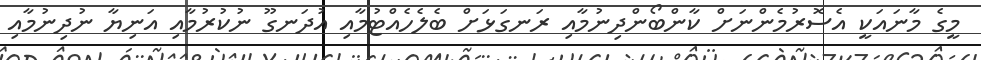
މީގެ މާނައަކީ އެސޮރުމެންނަށް ކާންބޯންދިނުމާއި ރަނގަޅަށް ބެލެހެއްޓުމާއި އުދަނގޫ ނުކުރުމާއި އަނިޔާ ނުދިނުމާއި